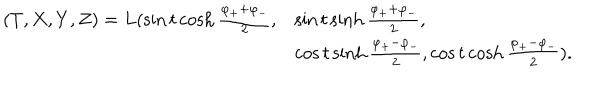
\begin{array} { l l } { { ( T , X , Y , Z ) = L ( \sin t \cosh \frac { \varphi _ { + } + \varphi _ { - } } { 2 } , } } & { { \sin t \sinh \frac { \varphi _ { + } + \varphi _ { - } } { 2 } , } } \\ { { } } & { { \cos t \sinh \frac { \varphi _ { + } - \varphi _ { - } } { 2 } , \cos t \cosh \frac { \varphi _ { + } - \varphi _ { - } } { 2 } ) . } } \\ \end{array}